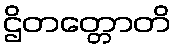
ဌိတတ္တောတိ